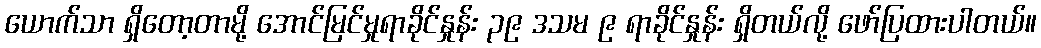
ယောက်သာ ရှိတော့တာမို့ အောင်မြင်မှုရာခိုင်နှုန်း ၃၉ ဒသမ ၉ ရာခိုင်နှုန်း ရှိတယ်လို့ ဖော်ပြထားပါတယ်။